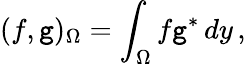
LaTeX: (f,\mathtt{g})_{\Omega}=\int_{\Omega}f\mathtt{g}^{*}\, dy\, ,